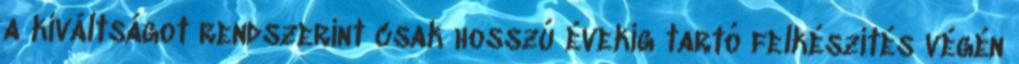
a kiváltságot rendszerint csak hosszú évekig tartó felkészítés végén